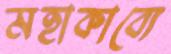
মহাকাব্যে